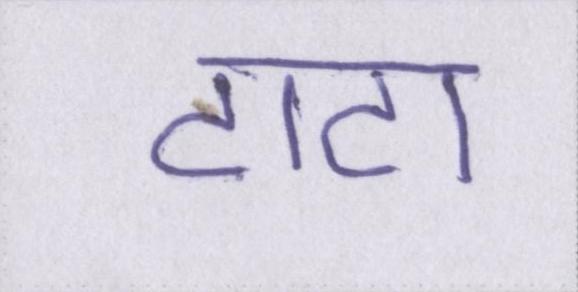
टाटा